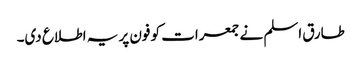
طارق اسلم نے جمعرات کو فون پر یہ اطلاع دی۔